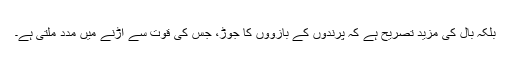
بلکہ بال کی مزید تصریح ہے کہ پرندوں کے بازوؤں کا جوڑ، جس کی قوت سے اڑنے میں مدد ملتی ہے۔